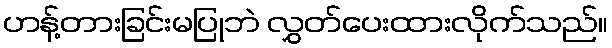
ဟန့်တားခြင်းမပြုဘဲ လွှတ်ပေးထားလိုက်သည်။